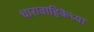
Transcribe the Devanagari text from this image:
धारावाहिकेच्या